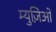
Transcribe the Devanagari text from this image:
म्युज़िओ